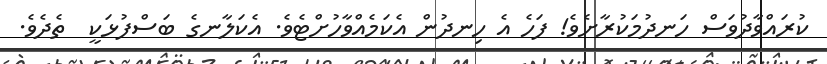
ކުރައްވާދުވަސް ހަނދުމަކުރާށެވެ! ފަހެ އެ ހިނދުން އެކަމެއްވާހުށްޓެވެ. އެކަލާނގެ ބަސްފުޅަކީ  ތެދެވެ.